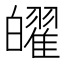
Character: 𤾫